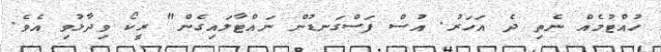
ހުއްޓުމެއް ނެތި ދެ އަހަރު. އުސް ފަސްގަނޑުން ނައްޓާލައިގެން" ރީކޯ ވިދާޅުވި އެވެ.